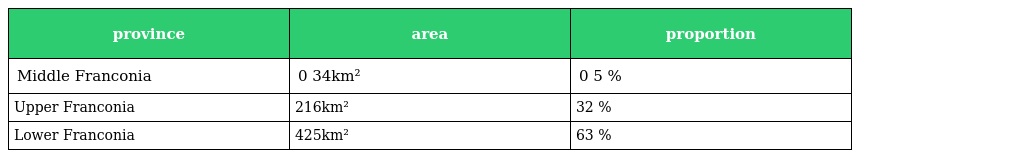
| province | area | proportion |
 | --- | --- | --- |
 | Middle Franconia | 0 34km² | 0 5 % |
 | Upper Franconia | 216km² | 32 % |
 | Lower Franconia | 425km² | 63 % |